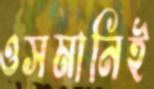
ওসমানিই